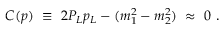
C ( p ) \ \equiv \ 2 P _ { L } p _ { L } - ( m _ { 1 } ^ { 2 } - m _ { 2 } ^ { 2 } ) \ \approx \ 0 \ .